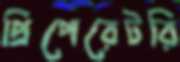
প্রিপেরেটরি